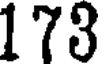
173